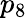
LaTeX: p_{8}